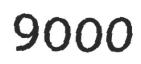
9000